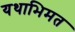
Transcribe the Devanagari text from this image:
यथाभिमत